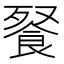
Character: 䬸